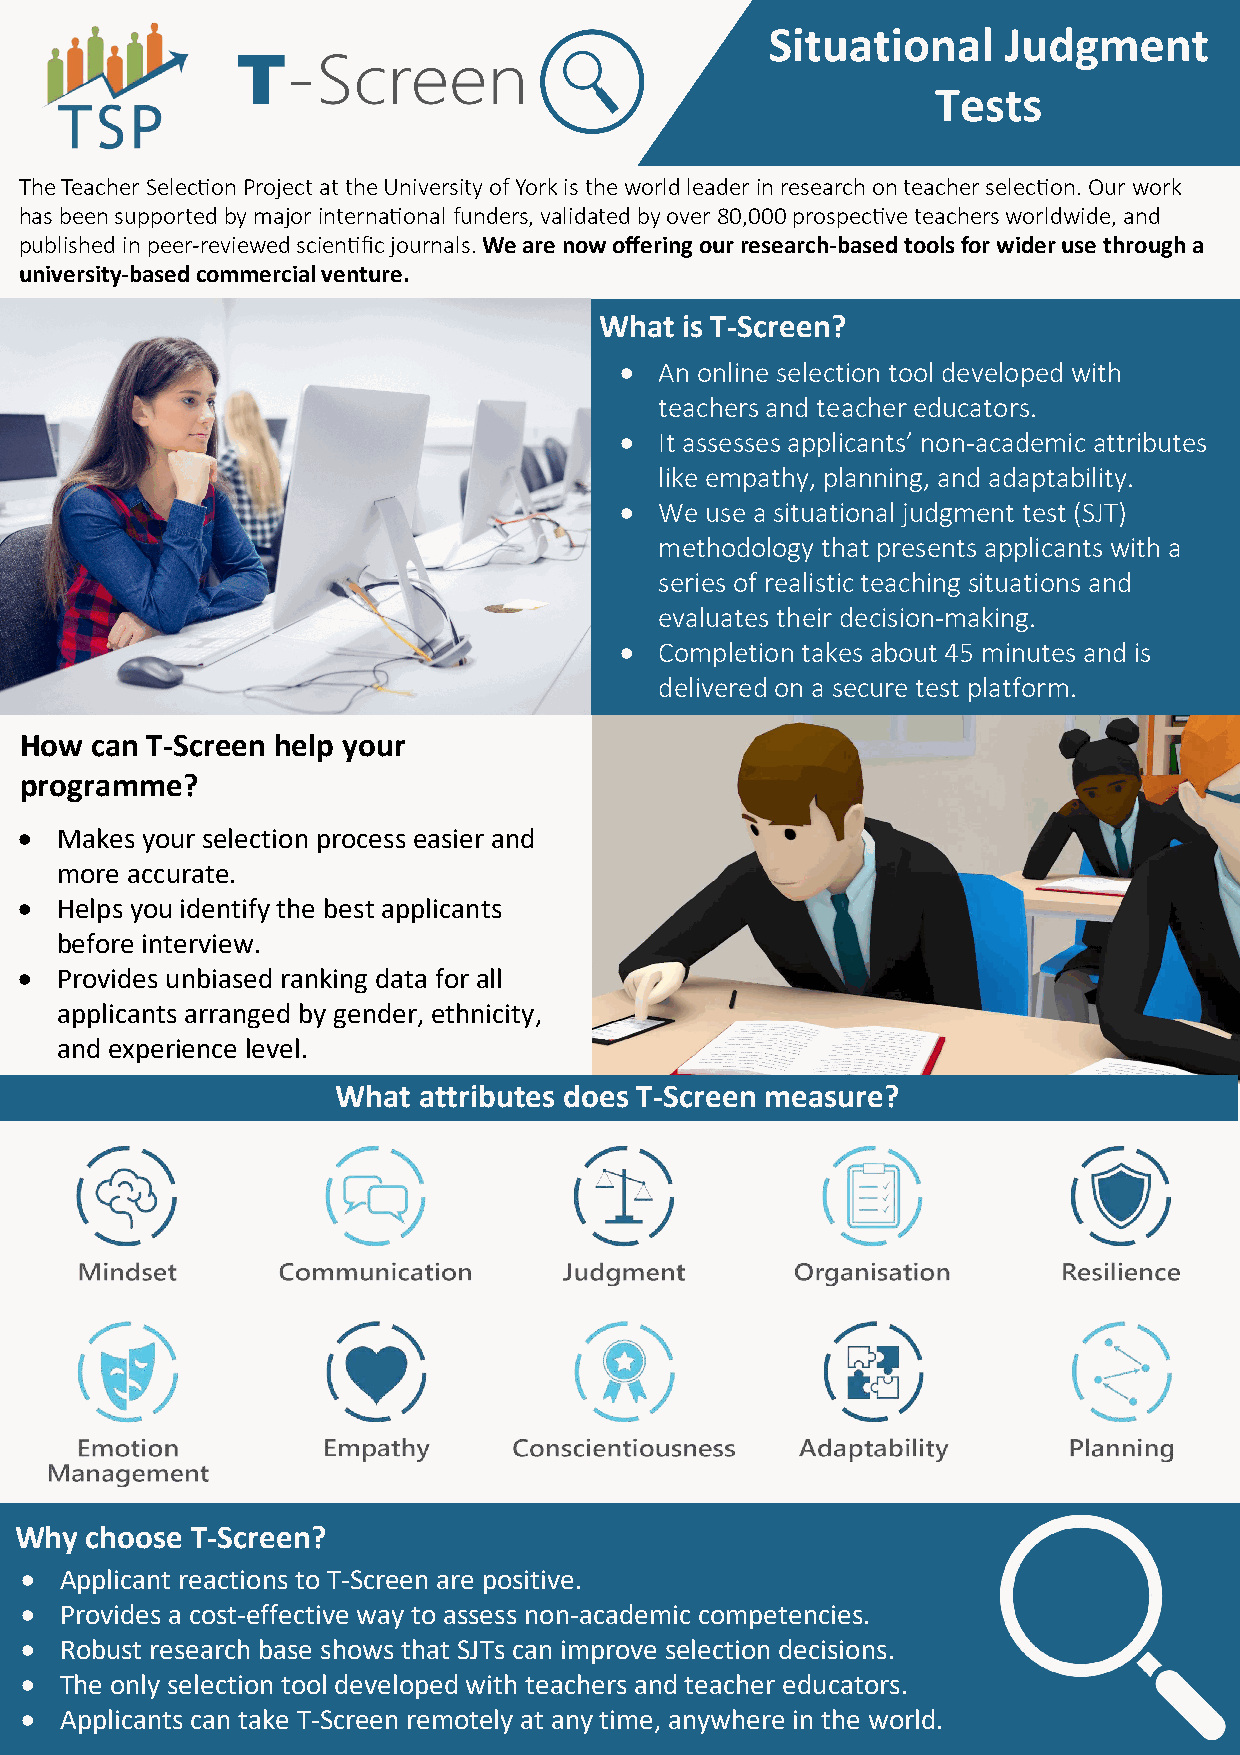
Situational     Judgment
 Tests
 The Teacher Selection Project at the University of York is the world leader in research on teacher selection. Our work
 has been supported by major international funders, validated by over 80,000 prospective teachers worldwide, and
 published in peer-reviewed scientific journals. We are now offering our research-based tools for wider use through a
 university-based commercial venture.
 What is T-Screen?
 •  An online selection tool developed with
 teachers and teacher educators.
 •  It assesses applicants’ non-academic attributes
 like empathy, planning, and adaptability.
 •  We use a situational judgment test (SJT)
 methodology that presents applicants with a
 series of realistic teaching situations and
 evaluates their decision-making.
 •  Completion takes about 45 minutes and is
 delivered on a secure test platform.
 How  can T-Screen help your
 programme?
 •  Makes your selection process easier and
 more accurate.
 •  Helps you identify the best applicants
 before interview.
 •  Provides unbiased ranking data for all
 applicants arranged by gender, ethnicity,
 and experience level.
 What  attributes does T-Screen measure?
 Why  choose T-Screen?
 •  Applicant reactions to T-Screen are positive.
 •  Provides a cost-effective way to assess non-academic competencies.
 •  Robust research base shows that SJTs can improve selection decisions.
 •  The only selection tool developed with teachers and teacher educators.
 •  Applicants can take T-Screen remotely at any time, anywhere in the world.